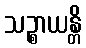
သဉ္စာယန္တိ